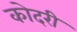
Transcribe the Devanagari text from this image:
कोदरी